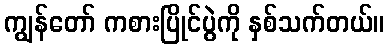
ကျွန်တော် ကစားပြိုင်ပွဲကို နှစ်သက်တယ်။